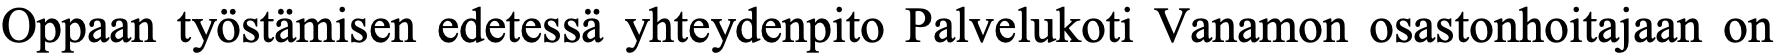
Oppaan työstämisen edetessä yhteydenpito Palvelukoti Vanamon osastonhoitajaan on